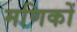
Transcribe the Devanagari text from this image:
मणिकों